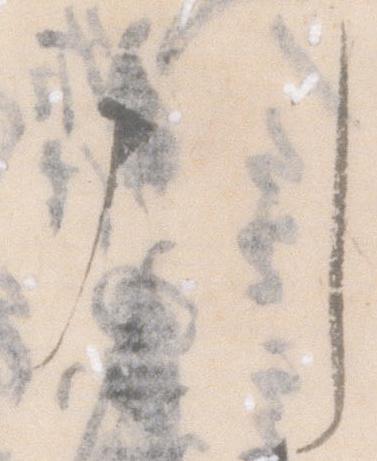
引